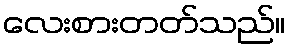
လေးစားတတ်သည်။